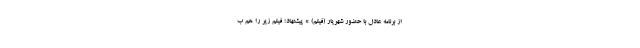
از برنامه عادل با حضور شهریار (فیلم) * پیشنهاد؛ فیلم‌ زیر را هم ب